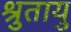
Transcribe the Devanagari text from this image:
श्रुतायु